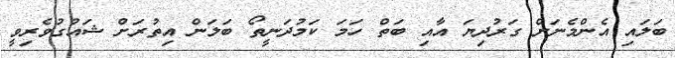
ބަލައި އެންމެނަށް ގަރުދިޔަ އާއި ބަތް ހަމަ ކަމުދަނީތޯ ބަލަން އިތުރަށް ޝައުގުވެރިވީ